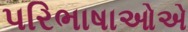
પરિભાષાઓએ